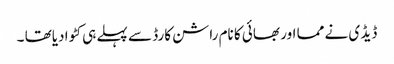
ڈیڈ ی نے مما اور بھائی کا نام راشن کارڈ سے پہلے ہی کٹوا دیاتھا ۔